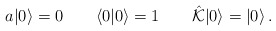
\begin{align*}a|0\rangle=0 \qquad\langle 0|0 \rangle=1 \qquad\hat{\cal K}|0\rangle=|0\rangle\,.\end{align*}